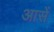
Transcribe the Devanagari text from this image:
आसें